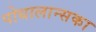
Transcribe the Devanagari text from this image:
पोधालान्सका